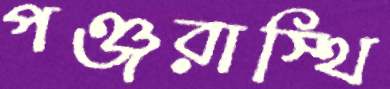
পঞ্জরাস্থি